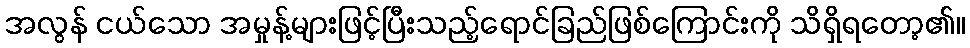
အလွန် ငယ်သော အမှုန့်များဖြင့်ပြီးသည့်ရောင်ခြည်ဖြစ်ကြောင်းကို သိရှိရတော့၏။